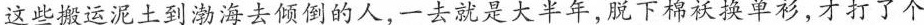
这些搬运泥土到渤海去倾倒的人，一去就是大半年，脱下棉袄换单衫，才打了个